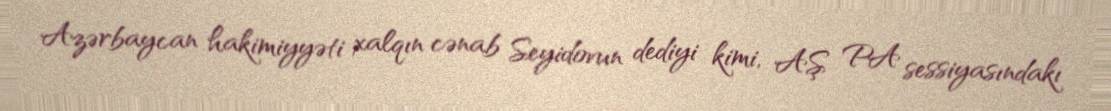
Azərbaycan hakimiyyəti xalqın cənab Seyidovun dediyi kimi, AŞ PA sessiyasındakı